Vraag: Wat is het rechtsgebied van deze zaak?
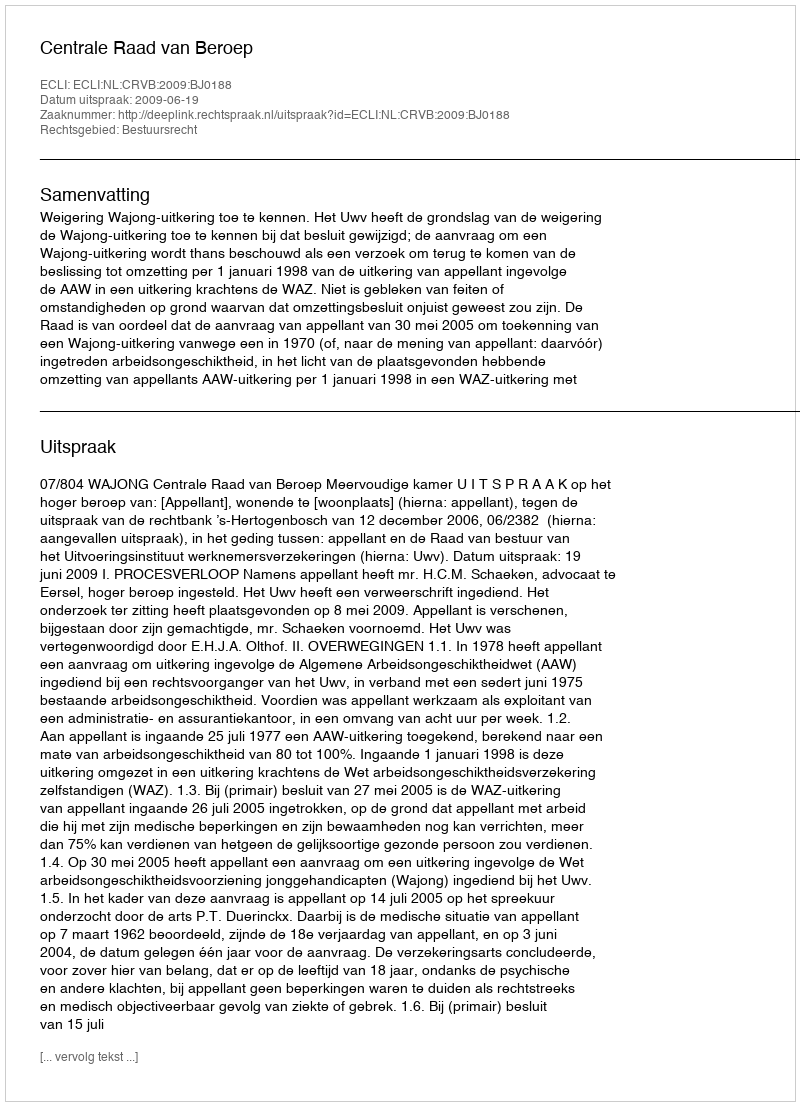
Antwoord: Bestuursrecht